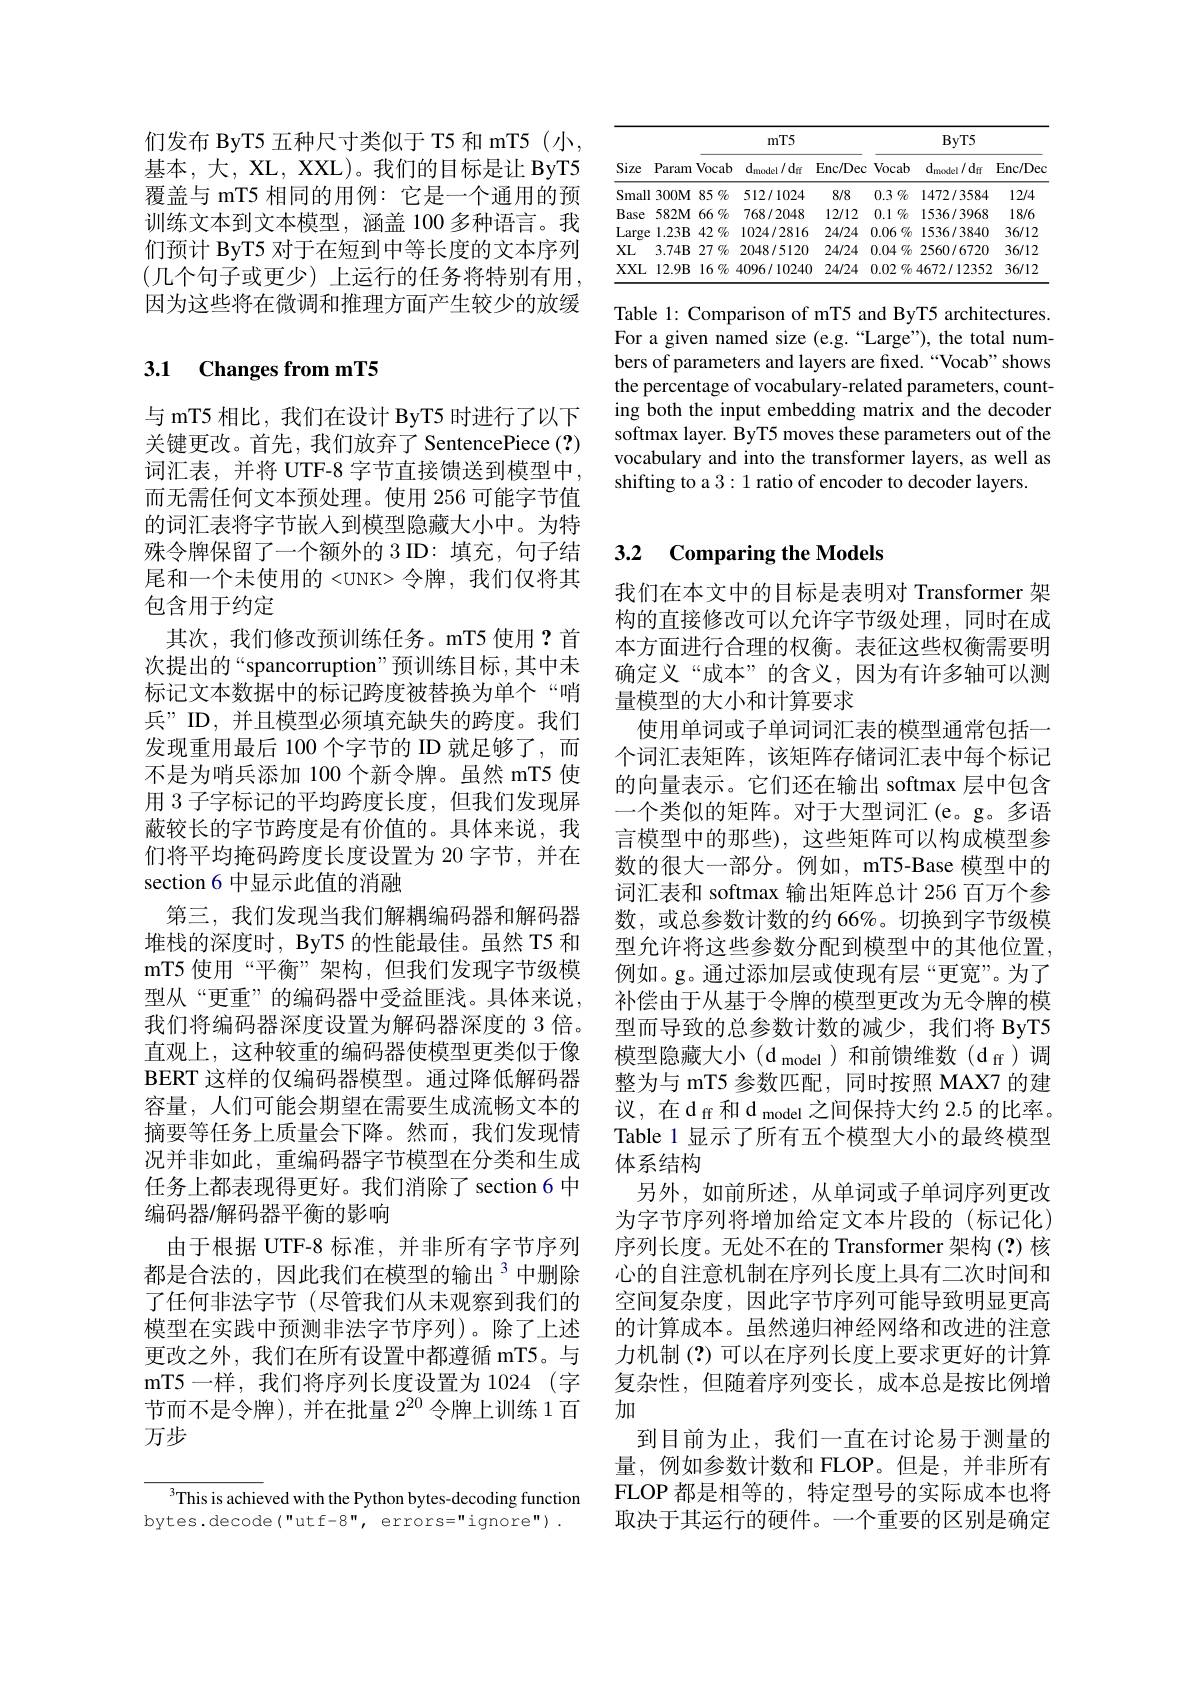
<table>
	<tbody>
		<tr>
			<th rowspan="2">Size</th>
			<th> </th>
			<th colspan="3">$mT5$</th>
			<th colspan="3">$ByT5$</th>
		</tr>
		<tr>
			<th>Param</th>
			<th>Vocab</th>
			<th>$\mathrm{d}_{\mathrm{model}}/\mathrm{d}_{\mathrm{ff}}$</th>
			<th>Enc/ Dec</th>
			<th>Vocab</th>
			<th>d$_{\mathrm{model}}/\mathrm{d}_{\mathrm{ff}}$</th>
			<th>Enc/ Dec</th>
		</tr>
		<tr>
			<td>Small</td>
			<td>$300M$</td>
			<td>85 $\%$</td>
			<td>512/1024</td>
			<td>8/8</td>
			<td>0.3 $\%$</td>
			<td>1472/3584</td>
			<td>12/4</td>
		</tr>
		<tr>
			<td>Base</td>
			<td>$582M$</td>
			<td>66 $\%$ </td>
			<td>768/2048</td>
			<td>12/12</td>
			<td>0.1 $\%$ 1</td>
			<td>1536/3968</td>
			<td>18/6</td>
		</tr>
		<tr>
			<td>Large</td>
			<td>$1.23B$</td>
			<td>42 $\%$</td>
			<td>1024/2816</td>
			<td>24/24</td>
			<td>$0.06\%$</td>
			<td>1536/3840</td>
			<td>36/12</td>
		</tr>
		<tr>
			<td>XL</td>
			<td>$3.74B$</td>
			<td>27 $\%$</td>
			<td>2048/5120</td>
			<td>24/24</td>
			<td>$0.04\%$</td>
			<td>2560/6720</td>
			<td>36/12</td>
		</tr>
		<tr>
			<td>XXL</td>
			<td>$12.9B$</td>
			<td>16 $\%$ 1</td>
			<td>4096/10240</td>
			<td>24/24</td>
			<td>0.02 $2\%$ 1</td>
			<td>4672/12352</td>
			<td>36/12</td>
		</tr>
	</tbody>
</table>

Table 1: Comparison of mT5 and ByT5 architectures. For a given named size (e.g.“Large”), the total numbers of parameters and layers are fixed.“Vocab”shows the percentage of vocabulary-related parameters, counting both the input embedding matrix and the decoder softmax layer. ByT5 moves these parameters out of the vocabulary and into the transformer layers, as well as shifting to a 3: 1 ratio of encoder to decoder layers.

们发布 ByT5 五种尺寸类似于 T5 和 mT5(小， 基本，大，XL, XXL)。我们的目标是让 ByT5覆盖与 mT5 相同的用例：它是一个通用的预训练文本到文本模型，涵盖 100 多种语言。我们预计 ByT5 对于在短到中等长度的文本序列(几个句子或更少)上运行的任务将特别有用， 因为这些将在微调和推理方面产生较少的放缓

### 3.1 Changes from mT5

与 mT5 相比，我们在设计 ByT5 时进行了以下关键更改。首先，我们放弃了 SentencePiece(?) 词汇表，并将 UTF-8 字节直接馈送到模型中， 而无需任何文本预处理。使用 256 可能字节值的词汇表将字节嵌入到模型隐藏大小中。为特殊令牌保留了一个额外的 3 ID: 填充，句子结尾和一个未使用的 <UNK> 令牌 , 我们仅将其包含用于约定
其次，我们修改预训练任务。mT5 使用？首次提出的“spancorruption”预训练目标，其中未标记文本数据中的标记跨度被替换为单个“哨兵”ID,并且模型必须填充缺失的跨度。我们发现重用最后 100 个字节的 ID 就足够了，而不是为哨兵添加 100 个新令牌。虽然 mT5 使用 3 子字标记的平均跨度长度，但我们发现屏蔽较长的字节跨度是有价值的。具体来说，我们将平均掩码跨度长度设置为 20 字节，并在section 6 中显示此值的消融
第三，我们发现当我们解耦编码器和解码器堆栈的深度时，ByT5 的性能最佳。虽然 T5 和mT5 使用“平衡”架构，但我们发现字节级模型从“更重”的编码器中受益匪浅。具体来说， 我们将编码器深度设置为解码器深度的 3 倍。直观上，这种较重的编码器使模型更类似于像BERT 这样的仅编码器模型。通过降低解码器容量，人们可能会期望在需要生成流畅文本的摘要等任务上质量会下降。然而，我们发现情况并非如此，重编码器字节模型在分类和生成任务上都表现得更好。我们消除了section 6 中编码器/解码器平衡的影响
由于根据 UTF-8 标准，并非所有字节序列都是合法的，因此我们在模型的输出$^{3}$中删除了任何非法字节 (尽管我们从未观察到我们的模型在实践中预测非法字节序列)。除了上述更改之外，我们在所有设置中都遵循 mT5。与mT5 一样，我们将序列长度设置为 1024 (字节而不是令牌),并在批量$2^{20}$令牌上训练 1 百万步

This is achieved with the Python bytes-decoding function bytes.decode("utf-8", errors="ignore")~.

### 3.2 Comparing the Models

我们在本文中的目标是表明对 Transformer 架构的直接修改可以允许字节级处理，同时在成本方面进行合理的权衡。表征这些权衡需要明确定义“成本”的含义，因为有许多轴可以测量模型的大小和计算要求
使用单词或子单词词汇表的模型通常包括一个词汇表矩阵，该矩阵存储词汇表中每个标记的向量表示。它们还在输出 softmax 层中包含一个类似的矩阵。对于大型词汇(e。g。多语言模型中的那些), 这些矩阵可以构成模型参数的很大一部分。例如，mT5-Base 模型中的词汇表和 softmax 输出矩阵总计 256 百万个参数，或总参数计数的约 66%。切换到字节级模型允许将这些参数分配到模型中的其他位置， 例如。g。通过添加层或使现有层“更宽”。为了补偿由于从基于令牌的模型更改为无令牌的模型而导致的总参数计数的减少，我们将 ByT5模型隐藏大小(d_{model$) 和 前 馈 维 数 ( d_{\mathrm{ff}}) 调$ 整为与 mT5 参数匹配，同时按照 MAX7 的建议，在$\mathrm d_{\mathrm{ff}}$和$\mathrm d_{\mathrm{model}}$之间保持大约 2.5 的比率。Table 1 显示了所有五个模型大小的最终模型体系结构
另外，如前所述，从单词或子单词序列更改为字节序列将增加给定文本片段的(标记化) 序列长度。无处不在的 Transformer 架构(?)核心的自注意机制在序列长度上具有二次时间和空间复杂度，因此字节序列可能导致明显更高的计算成本。虽然递归神经网络和改进的注意力机制(?)可以在序列长度上要求更好的计算复杂性，但随着序列变长，成本总是按比例增加
到目前为止，我们一直在讨论易于测量的量，例如参数计数和 FLOP。但是，并非所有FLOP 都是相等的，特定型号的实际成本也将取决于其运行的硬件。一个重要的区别是确定